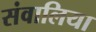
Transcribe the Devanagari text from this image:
संवालिया